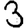
Digit: 3